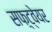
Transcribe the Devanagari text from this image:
सफ़्ट्वेयर